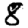
Digit: 8